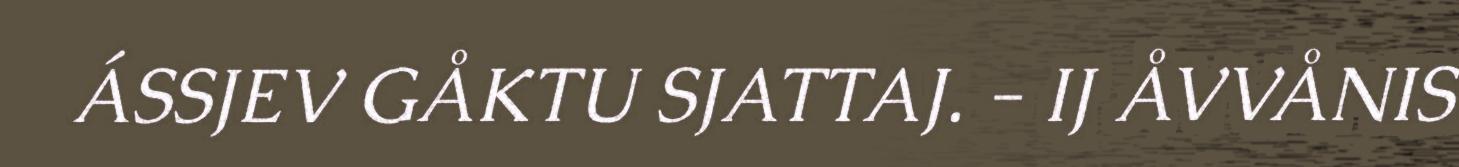
ÁSSJEV GÅKTU SJATTAJ. - IJ ÅVVÅNIS